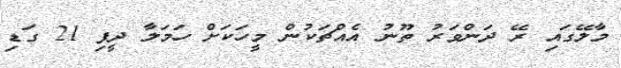
މާލޭގައި ރޭ ދަންވަރު ތޫނު އެއްޗަކުން މީހަކަށް ހަމަލާ ދީފި 21 ގަޑި